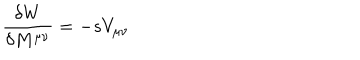
{ \frac { \delta W } { \delta M ^ { \mu \nu } } } = - s V _ { \mu \nu }